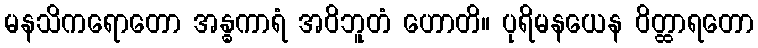
မနသိကရောတော အန္ဓကာရံ အဝိဘူတံ ဟောတိ။ ပုရိမနယေန ဝိတ္ထာရတော